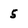
Character: 5